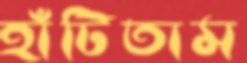
হাঁটিতাম